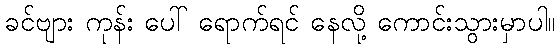
ခင်ဗျား ကုန်း ပေါ် ရောက်ရင် နေလို့ ကောင်းသွားမှာပါ။